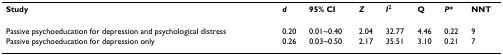
<table><thead><tr><td><b>Study</b></td><td><b><i>d</i></b></td><td><b>95% CI</b></td><td><b><i>Z</i></b></td><td><b><i>I</i><sup>2</sup></b></td><td><b>Q</b></td><td><b><i>P</i>*</b></td><td><b>NNT</b></td></tr></thead><tbody><tr><td>Passive psychoeducation for depression and psychological distress</td><td>0.20</td><td>0.01~0.40</td><td>2.04</td><td>32.77</td><td>4.46</td><td>0.22</td><td>9</td></tr><tr><td>Passive psychoeducation for depression only</td><td>0.26</td><td>0.03~0.50</td><td>2.17</td><td>35.51</td><td>3.10</td><td>0.21</td><td>7</td></tr></tbody></table>